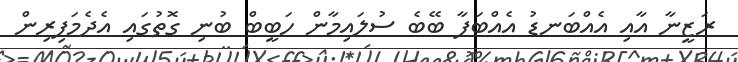
ރަޒީނާ އާއި އެއްބަނޑު އެއްބަފާ ބޭބެ ސުލައިމާން ހަބީބް ބުނި ގޮތުގައި އެދެމަފިރިން